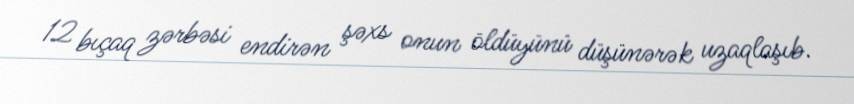
12 bıçaq zərbəsi endirən şəxs onun öldüyünü düşünərək uzaqlaşıb.